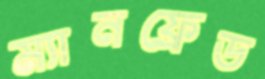
ম্যানফ্রেড